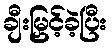
ချီးမြှင့်ခဲ့ပြီး